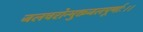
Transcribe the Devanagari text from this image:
जलचरोन्मुक्तजलपूर्णाः।।